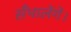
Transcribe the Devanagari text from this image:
सँभालेंगें।